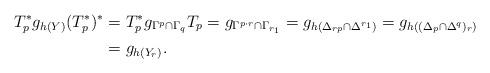
LaTeX: \begin{align*}T^*_pg_{h(Y)}(T_p^*)^* &= T^*_pg_{\Gamma^p\cap \Gamma_q}T_p = g_{\Gamma^{p\cdot r} \cap \Gamma_{r_1}} = g_{h(\Delta_{rp}\cap \Delta^{r_1})} = g_{h((\Delta_p\cap \Delta^q)_r)}\\&= g_{h(Y_r)}.\end{align*}